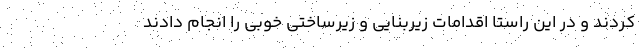
کردند و در این راستا اقدامات زیربنایی و زیرساختی خوبی را انجام دادند